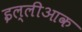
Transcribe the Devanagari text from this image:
इल्लीआक